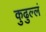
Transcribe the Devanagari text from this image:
कुढुल्लं